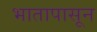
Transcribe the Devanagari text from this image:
भातापासून